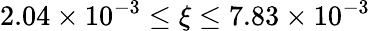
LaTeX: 2.04\times 10^{-3}\le\xi\le 7.83\times 10^{-3}